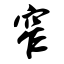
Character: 窄